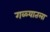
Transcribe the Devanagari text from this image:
गळ्यातला